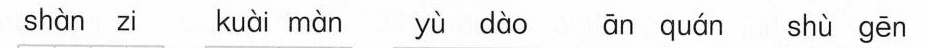
shàn zi kuài màn yù dào ān quán shù gēn